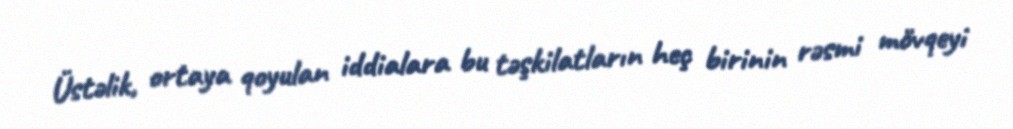
Üstəlik, ortaya qoyulan iddialara bu təşkilatların heç birinin rəsmi mövqeyi